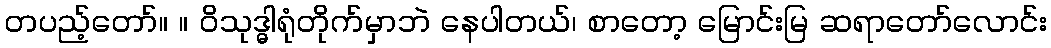
တပည့်တော်။ ။ ဝိသုဒ္ဓါရုံတိုက်မှာဘဲ နေပါတယ်၊ စာတော့ မြောင်းမြ ဆရာတော်လောင်း